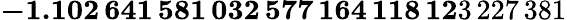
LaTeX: \mathbf{-1.102\, 641\, 581\, 032\, 577\, 164\, 118\, 12}3\, 227\, 381